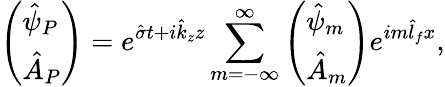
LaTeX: \left(\begin{array}{l}{\hat{\psi}_{P}}\\ {\hat{A}_{P}}\end{array}\right)=e^{\hat{\sigma}t+i\hat{k}_{z}z}\sum_{m=-\infty}^{\infty}\left(\begin{array}{l}{\hat{\psi}_{m}}\\ {\hat{A}_{m}}\end{array}\right)e^{im\hat{l}_{f}x},